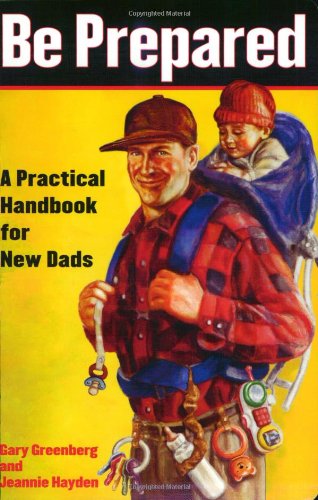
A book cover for Be Prepared; Gary Greenberg; Humor & Entertainment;